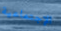
الإجتماعية